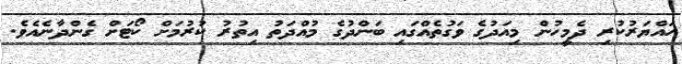
ހައްޔަރުކުރި ދެމީހުން މިއަދުގެ ވަގުތެއްގައި ބަންދުގެ މުއްދަތު އިތުރު ކުރުމަށް ކޯޓަށް ގެންދާނެއެވެ.